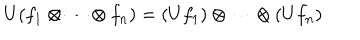
LaTeX: U ( f _ { 1 } \otimes \cdots \otimes f _ { n } ) = ( U f _ { 1 } ) \otimes \cdots \otimes ( U f _ { n } )